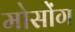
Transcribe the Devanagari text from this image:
मोसोंग